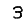
Digit: 3